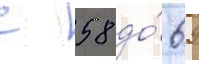
с 58 до́ 69